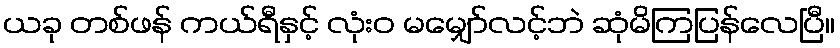
ယခု တစ်ဖန် ကယ်ရီနှင့် လုံးဝ မမျှော်လင့်ဘဲ ဆုံမိကြပြန်လေပြီ။